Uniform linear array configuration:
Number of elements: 12
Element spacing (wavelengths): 0.75
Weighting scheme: uniform
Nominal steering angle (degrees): -30
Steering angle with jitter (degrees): -31.412
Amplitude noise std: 0.05
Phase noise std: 0.05

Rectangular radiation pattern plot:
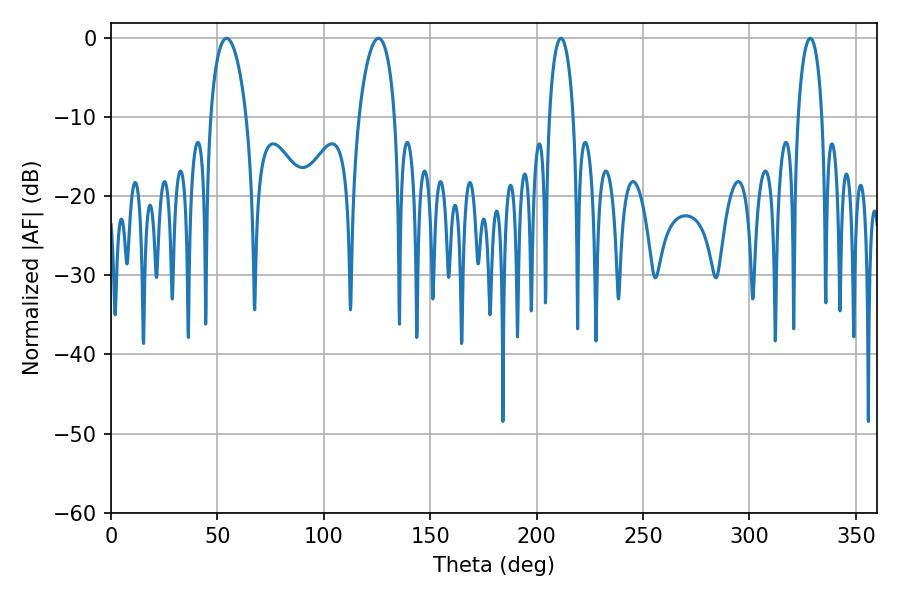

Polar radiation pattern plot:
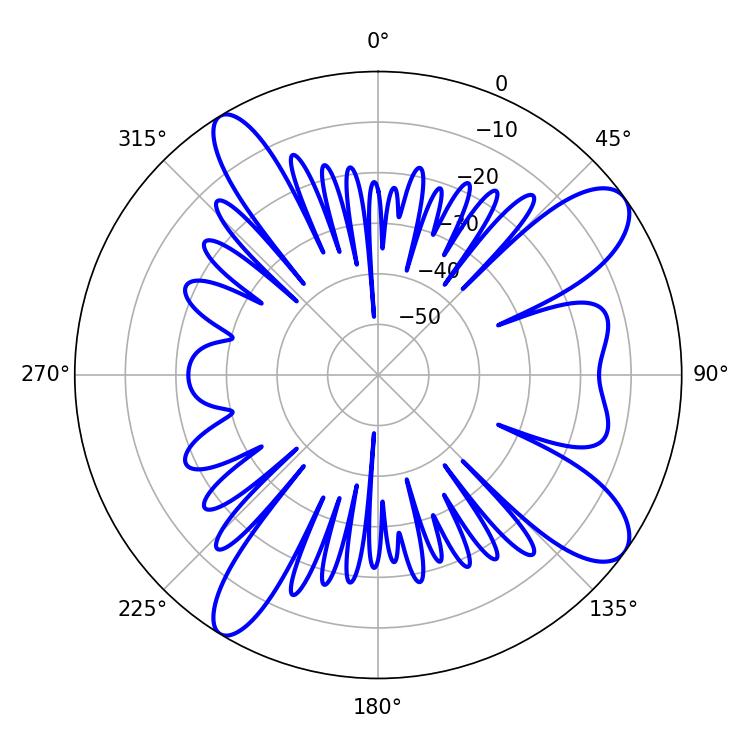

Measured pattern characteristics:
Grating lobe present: TRUE
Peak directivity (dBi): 10.539
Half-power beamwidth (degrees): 9.54
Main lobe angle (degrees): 54.36